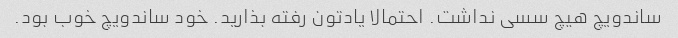
ساندویچ هیچ سسی نداشت. احتمالا یادتون رفته بذارید. خود ساندویچ خوب بود.